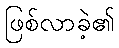
ဖြစ်လာခဲ့၏